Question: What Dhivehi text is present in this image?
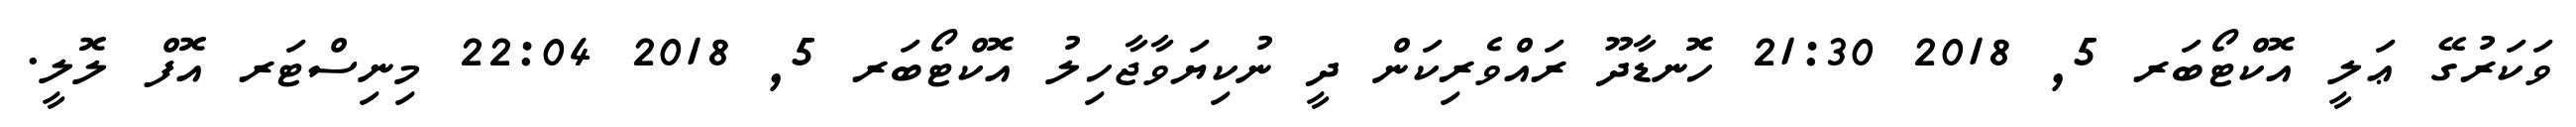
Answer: ވަކަރުގޭ ޢަލީ އޮކްޓޯބަރ 5, 2018 21:30 ހޮނޑާދޫ ރައްވެރިކަން ދީ ނުކިޔަވާޖާހިލު އޮކްޓޯބަރ 5, 2018 22:04 މިނިސްޓަރ އޮފް ލޮލީ.